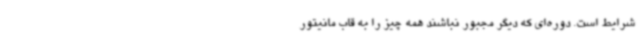
شرایط است. دوره‌ای که دیگر مجبور نباشند همه چیز را به قاب مانیتور